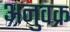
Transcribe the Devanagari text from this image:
अनुवक्र